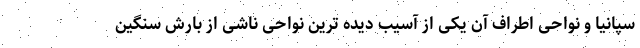
سپانیا و نواحی اطراف آن یکی از آسیب دیده ترین نواحی ناشی از بارش سنگین